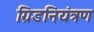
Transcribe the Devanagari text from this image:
ग्रिडनियंत्रण